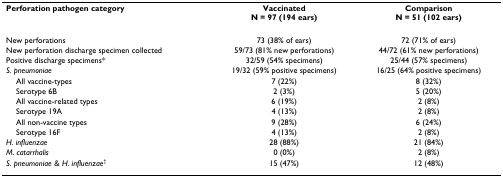
| Perforation pathogen category | VaccinatedN = 97 (194 ears) | ComparisonN = 51 (102 ears) |
 | --- | --- | --- |
 | New perforations | 73 (38% of ears) | 72 (71% of ears) |
 | New perforation discharge specimen collected | 59/73 (81% new perforations) | 44/72 (61% new perforations) |
 | Positive discharge specimens* | 32/59 (54% specimens) | 25/44 (57% specimens) |
 | S. pneumoniae | 19/32 (59% positive specimens) | 16/25 (64% positive specimens) |
 | All vaccine-types | 7 (22%) | 8 (32%) |
 | Serotype 6B | 2 (3%) | 5 (20%) |
 | All vaccine-related types | 6 (19%) | 2 (8%) |
 | Serotype 19A | 4 (13%) | 2 (8%) |
 | All non-vaccine types | 9 (28%) | 6 (24%) |
 | Serotype 16F | 4 (13%) | 2 (8%) |
 | H. influenzae | 28 (88%) | 21 (84%) |
 | M. catarrhalis | 0 (0%) | 2 (8%) |
 | S. pneumoniae & H. influenzae† | 15 (47%) | 12 (48%) |